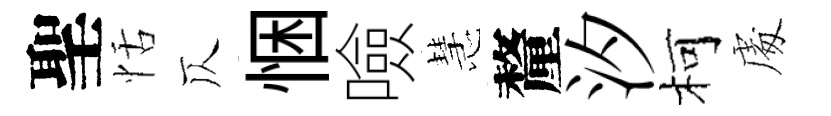
聖恬仄悃噞慧釐汐柯䖏